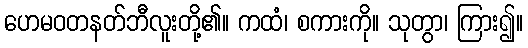
ဟေမဝတနတ်ဘီလူးတို့၏။ ကထံ၊ စကားကို။ သုတွာ၊ ကြား၍။